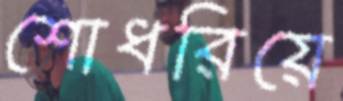
শোধরিয়ে